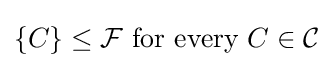
\{C\}\leq {\mathcal {F}}{\text{ for every }}C\in {\mathcal {C}}